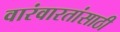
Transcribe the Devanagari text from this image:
वारंवारतांसाठी